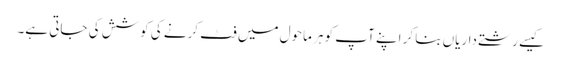
کیسے رشتے داریاں بنا کر اپنے آپ کو ہر ماحول میں فٹ کرنے کی کوشش کی جاتی ہے۔